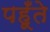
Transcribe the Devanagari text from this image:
पहूँते